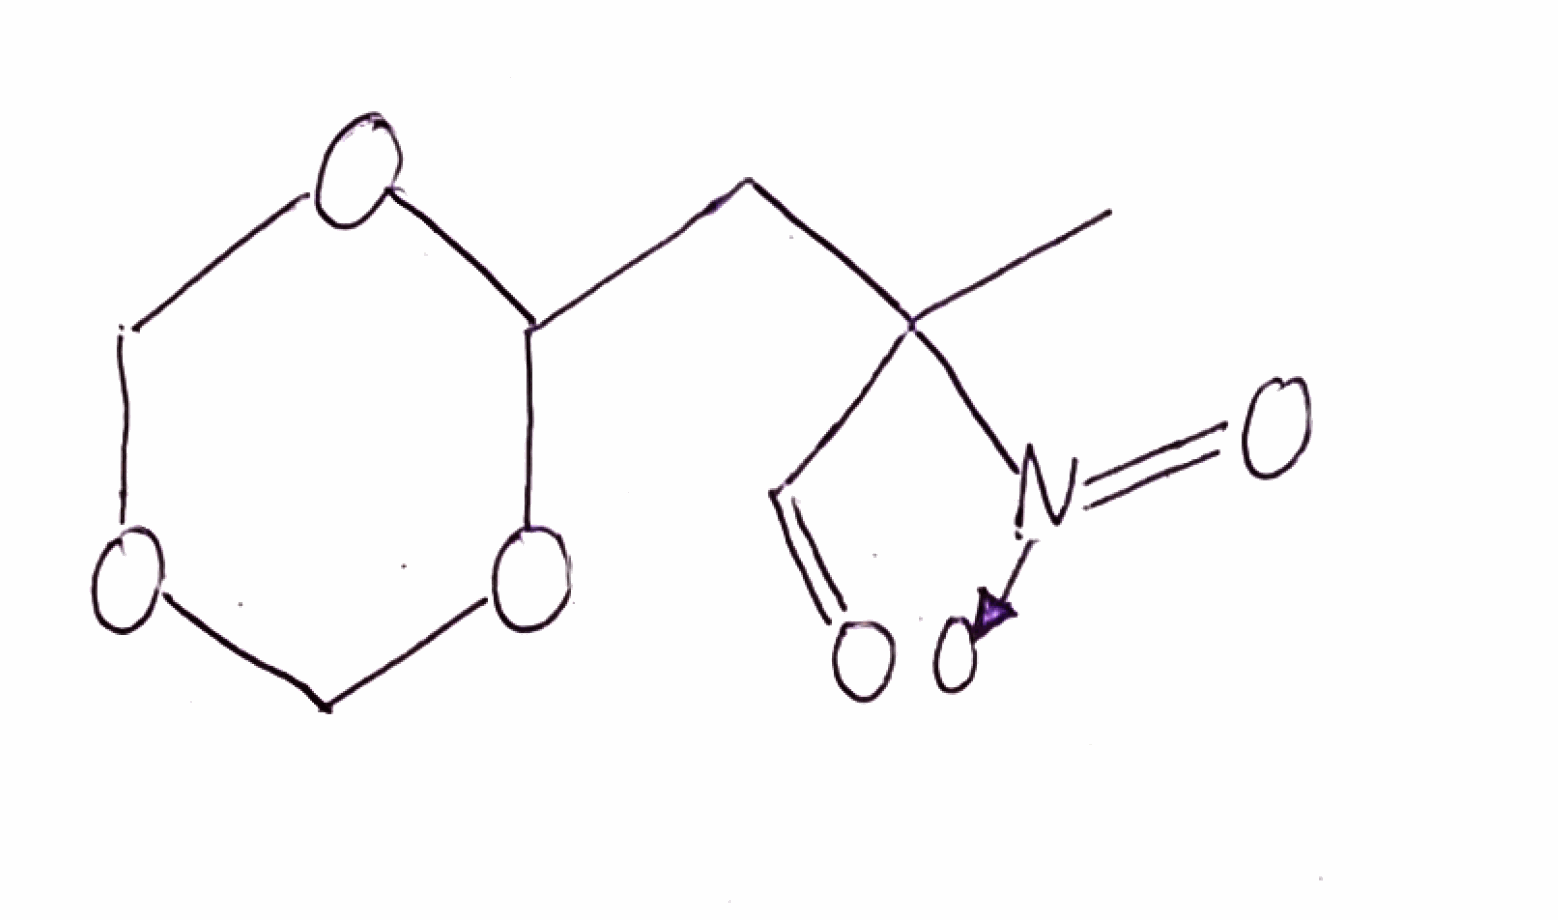
Simplified molecular-input line-entry system (SMILES) notation of the given molecule:
CC(CC1OCOCO1)(C=O)[N+](=O)[O-]